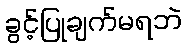
ခွင့်ပြုချက်မရဘဲ